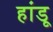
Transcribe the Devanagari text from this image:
हांडू